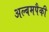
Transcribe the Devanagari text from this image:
अल्बमपैकी